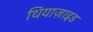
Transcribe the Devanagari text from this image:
थियाज़ाइड